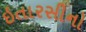
ઇતારસીનો